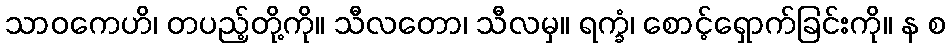
သာဝကေဟိ၊ တပည့်တို့ကို။ သီလတော၊ သီလမှ။ ရက္ခံ၊ စောင့်ရှောက်ခြင်းကို။ န စ